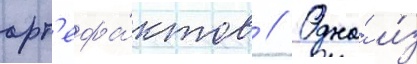
арт'ефа́ктов // Одна́ и́з